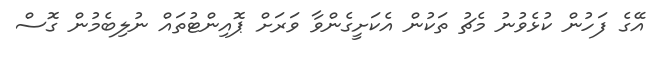
އޭގެ ފަހުން ކުޅެވުނު މެޗު ތަކުން އެކަށީގެންވާ ވަރަށް ޕޮއިންޓުތައް ނުލިބެމުން ގޮސް